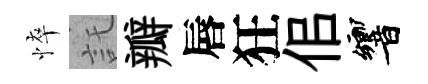
悴託瓣唇狂佀響